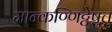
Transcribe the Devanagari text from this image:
मान्कण्णिट्टेषु़त्तु